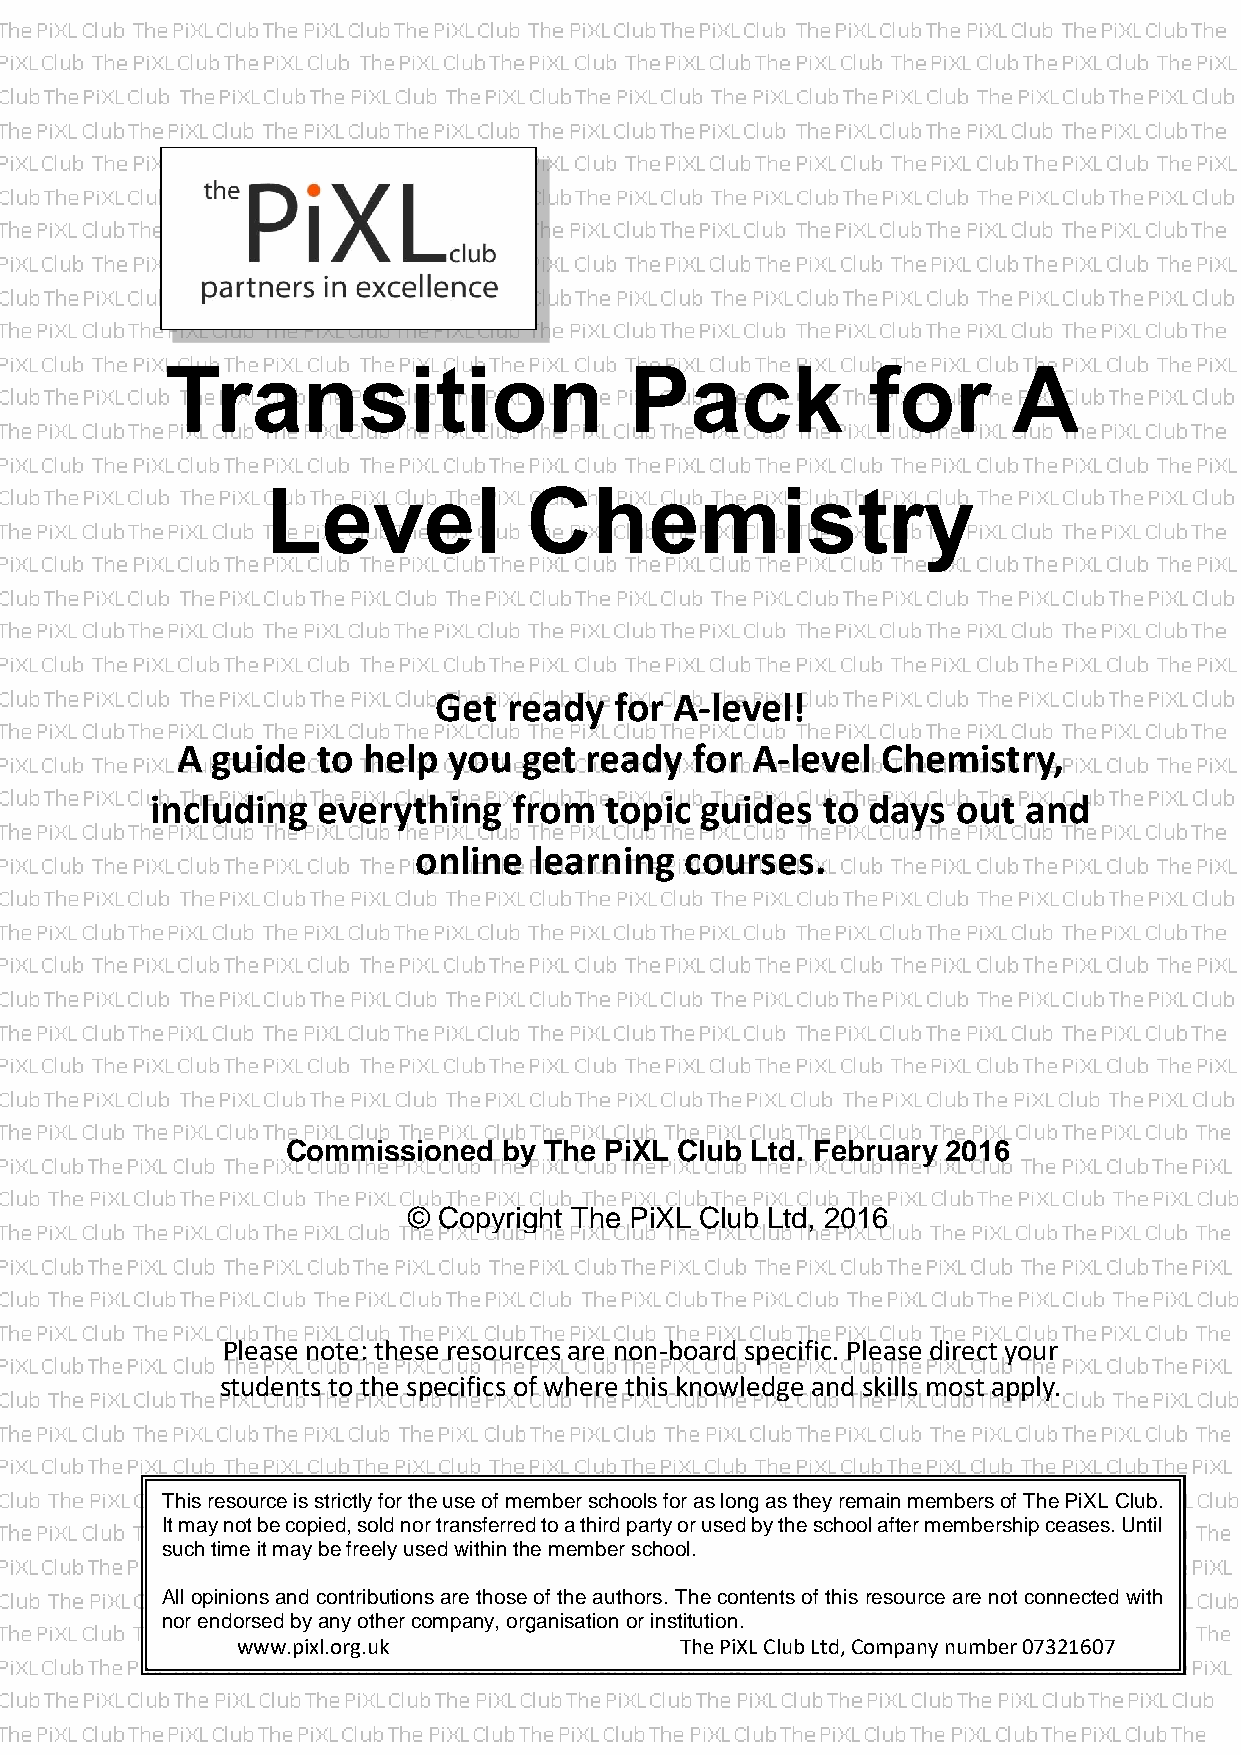
Transition                     Pack           for       A
 Level            Chemistry
 Get  ready  for A-level!
 A guide  to help  you  get ready  for A-level Chemistry,
 including  everything   from  topic guides  to days  out  and
 online  learning  courses.
 Commissioned  by The PiXL Club Ltd. February 2016
 © Copyright The PiXL Club Ltd, 2016
 Please note: these resources are non-board specific. Please direct your
 students to the specifics of where this knowledge and skills most apply.
 This resource is strictly for the use of member schools for as long as they remain members of The PiXL Club.
 It may not be copied, sold nor transferred to a third party or used by the school after membership ceases. Until
 such time it may be freely used within the member school.
 All opinions and contributions are those of the authors. The contents of this resource are not connected with
 nor endorsed by any other company, organisation or institution.
 www.pixl.org.uk              The PiXL Club Ltd, Company number 07321607